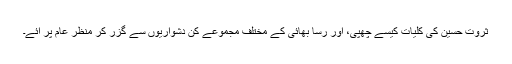
ثروتؔ حسین کی کلیات کیسے چھپی، اور رساؔ بھائی کے مختلف مجموعے کن دشواریوں سے گزر کر منظرِ عام پر آئے۔